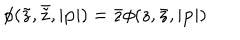
LaTeX: \phi ( \tilde { z } , \bar { \tilde { z } } , | { \bf p } | ) = \bar { z } \phi ( z , \bar { z } , | { \bf p } | )